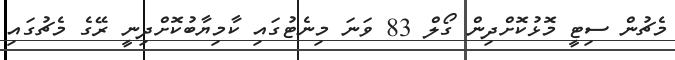
މެޗުން ސިޓީ މޮޅުކޮށްދިން ގޯލް 83 ވަނަ މިނެޓުގައި ކާމިޔާބުކޮށްދިނީ ރޭގެ މެޗުގައި